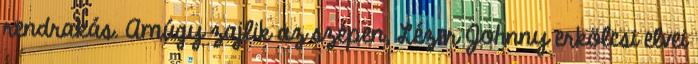
rendrakás. Amúgy zajlik az szépen, Lézer Johnny erkölcsi elvei